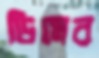
ডিমের